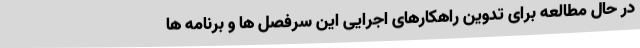
در حال مطالعه برای تدوین راهکارهای اجرایی این سرفصل ها و برنامه ها